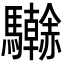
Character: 𩧗